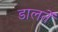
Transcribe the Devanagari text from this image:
डालतें